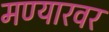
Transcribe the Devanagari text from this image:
मण्यारवर